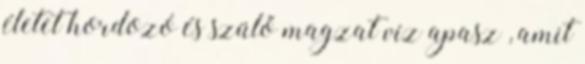
életet hordozó és szülő magzat víz apasz , amit